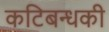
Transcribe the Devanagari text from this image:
कटिबन्धकी